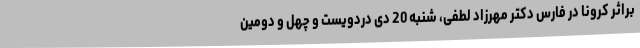
براثر کرونا در فارس دکتر مهرزاد لطفی، شنبه 20 دی دردویست و چهل و دومین